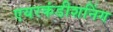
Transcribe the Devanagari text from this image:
एयरकंडीशनिंग